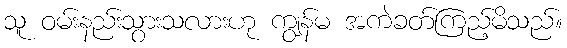
သူ ဝမ်းနည်းသွားသလားဟု ကျွန်မ အကဲခတ်ကြည့်မိသည်။